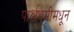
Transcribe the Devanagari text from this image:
पार्श्वभूमीमधून